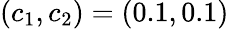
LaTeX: \displaystyle(c_{1},c_{2})=(0.1,0.1)